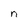
Character: n